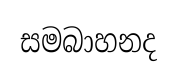
සමබාහනද